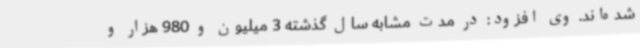
شده‌اند. وی افزود: در مدت مشابه سال‌ گذشته 3‌ میلیون‌ و 980 هزار و